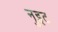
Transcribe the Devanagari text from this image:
नुइट